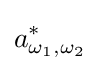
a_{\omega _{1},\omega _{2}}^{*}